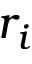
r _ { i }